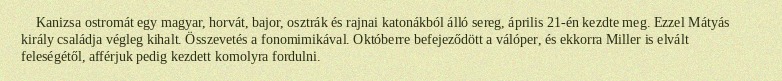
Kanizsa ostromát egy magyar, horvát, bajor, osztrák és rajnai katonákból álló sereg, április 21-én kezdte meg. Ezzel Mátyás király családja végleg kihalt. Összevetés a fonomimikával. Októberre befejeződött a válóper, és ekkorra Miller is elvált feleségétől, afférjuk pedig kezdett komolyra fordulni.